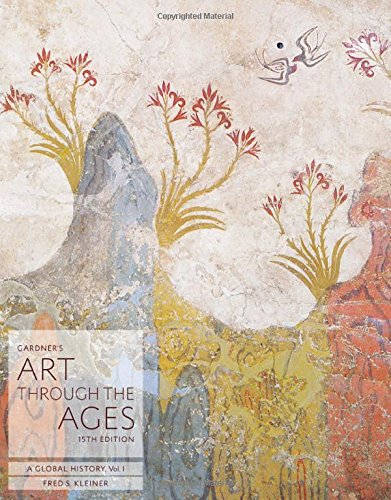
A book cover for Gardner's Art through the Ages: A Global History, Volume I; Fred S. Kleiner; Arts & Photography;